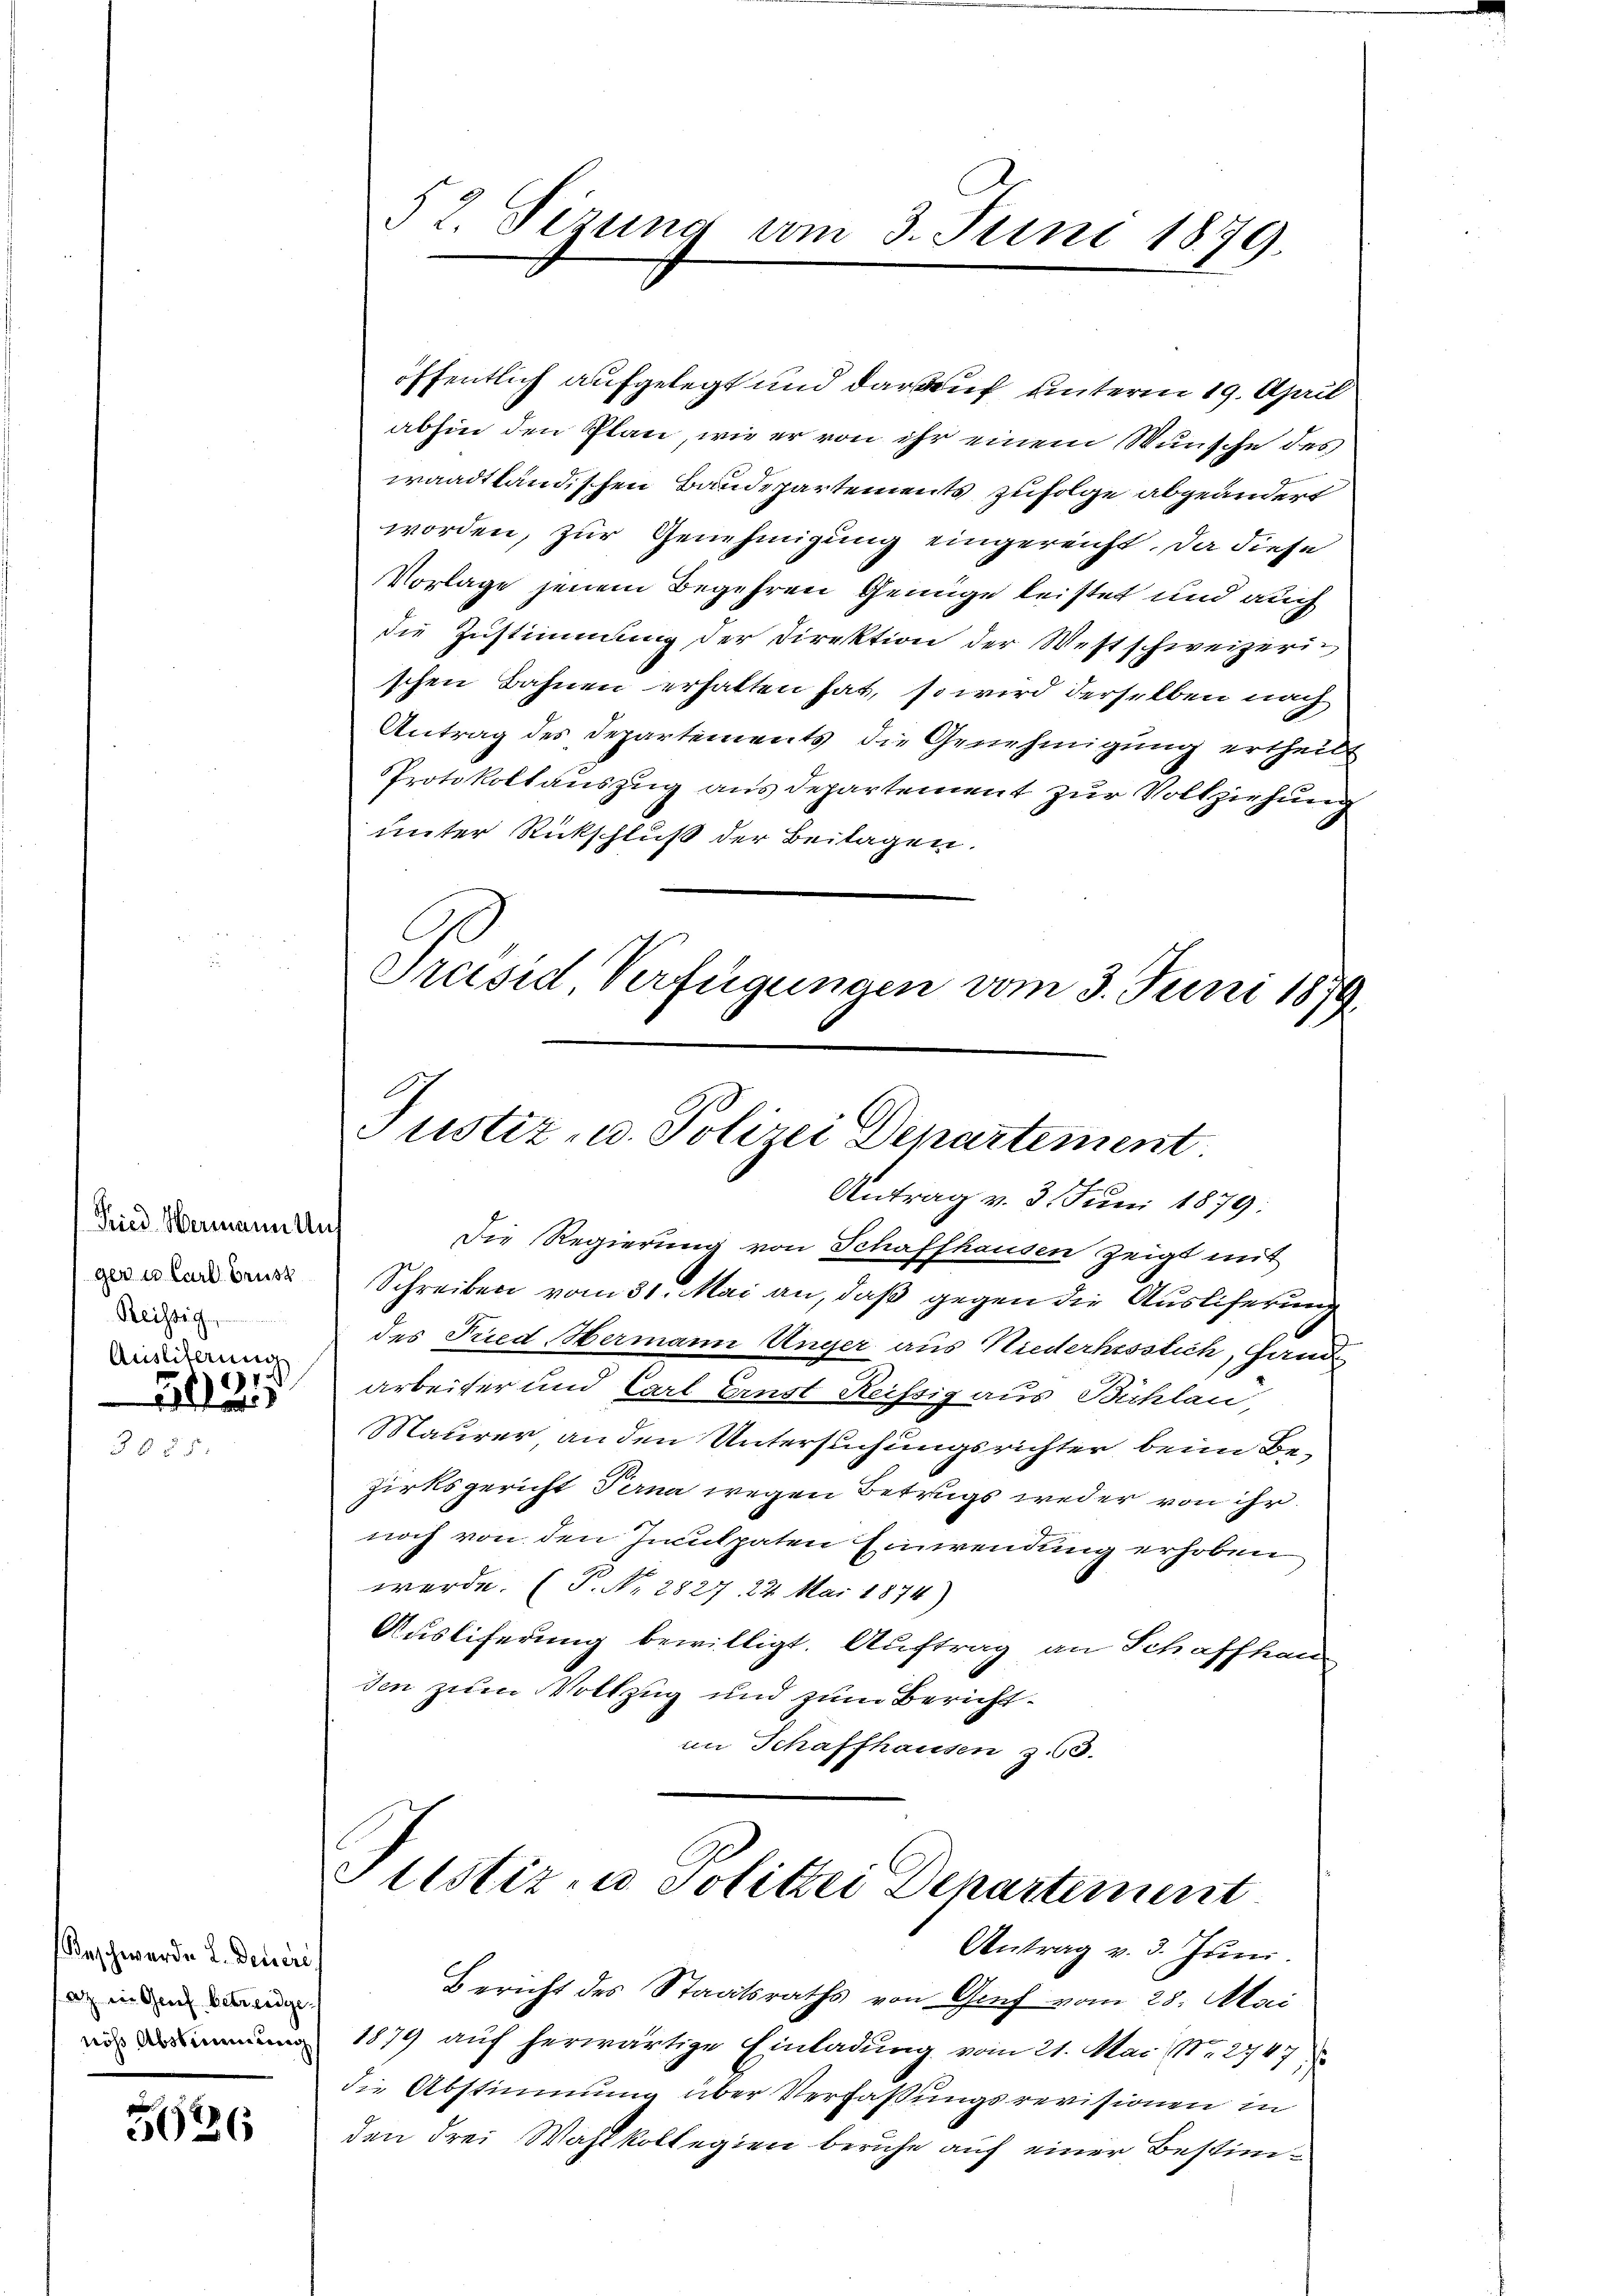
Fried Hermann Ans
Reichtig,
Ausliterung
1

E

Beschwerden L. Deucri
az in Genf betreidige.
nöß Abstimmung

5626

52. Sizung vom 3. Juni 1879.

Justiz- u. Polizei Departement
Antrag v. 3. Juni 1879.

Die Regierung von Schaffhausen zeigt mit
 Schreiben vom 31. Mai an, daß gegen die Auslieferung
des Fried Hermann Unger aus Niederhesslich, Hand
arbeiter und Carl Ernst Reissig aus Bichlau,
Maurer, an den Untersuchungsrichter beim Bezirksgericht Perna wegen Betrugs weder von ihr
noch von den Inculpaten Einwendung erhoben
werde. (S. Nr. 2827. 22 Mai 1874)
Ausliferung bewilligt. Auftrag an Schaffhau
den zum Vollzug und zum Berichtim Schaffhausen z. 63.

Justiz- u Polizei Departement
Antrag v. 3. Juni.

öffentlich aufgelegt und darauf unterm 19. April
abhin den Plan, wie er von ihr einem Wunsche des
waadtländischen Baudepartements zufolge abgeändert
worden, zur Genehmigung eingereicht. Da diese
Vorlage jenem Begehren Genüge leistet und auch
die Zustimmung der Direktion der Westschweizerin
schen Bahnen erhalten hat, so wird derselben nach
Antrag des Departements die Genehmigung ertheil
Protokollauszug aus departement zur Vollziehung
unter Rückschluß der Beitagen.
Präsid Verfügungen vom 3. Juni 1879.

Bericht des Staatsraths von Genf vom 28. Mai
1879 auf herwärtige Einladung vom 21. Mai N. 2747
die Abstimmung über Verfassungsrevisionen in
den drei Wahlkollegien beruhe auf einer Bestim¬